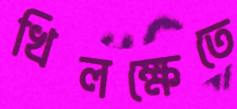
খিলক্ষেতে